Serum-therapy of plague in India - Number 20
Disease focus: Plague
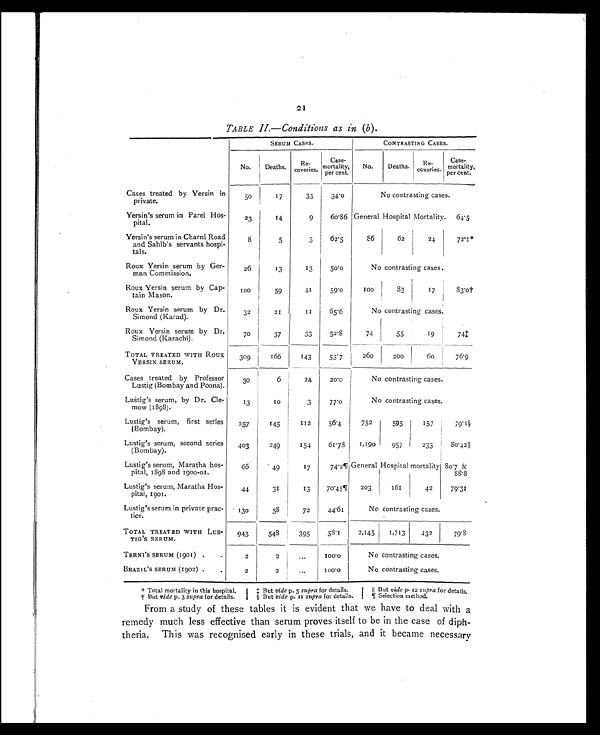
21
TABLE II.—Conditions as in (b).
SERUM CASES.
CONTRASTING CASES.
No.
D e a t h s .
Re-
cover i es.
Case-
mortality,
per cent.
No.
Deaths.
Re-
coveries.
Case-
mortality,
per cent.
Cases treated by Yersin in
private.
50
17
33
34.0
No contrasting cases.
Yersin's serum in Parel Hos-
pital.
23
14
9
60.86 General Hospital Mortality. 64.5
Yersin's serum in Charni Road
and Sahib's servants hosp
i-
tals.
8
5
3
62.5
86
62
24
72.1*
Roux Yersin serum by Ger-
man Commission.
26
13
13
50.0
No contrasting cases.
Roux Yersin serum by Cap-
tain Mason.
1 0 0
59
41
59.0
1 0 0 83
17
8 3 . 0 †
Roux Yersin serum by Dr.
Simond (Karad).
32
21
11
65.6
No contrasting cases.
Roux Yersin serum by Dr.
Simond (Karachi).
70
37
33
52.8
74
55
19
7 4 ‡
TOTAL TREATED WITH R
OUX YERSIN SERUM.
309
166
143
53.7
260
200
60
76.9
Cases treated by Professor
Lustig (Bombay and Poona).
30
6
24
20.0
No contrasting cases.
Lustig's serum, by Dr. Cle-
mow (1898).
13
10
3
77.0
No contrasting cases.
Lustig's serum, first series
(Bombay).
257
145
112
56.4
752
595
157
7 9 . 1 §
Lustig's serum, second series
(Bombay).
403
249
154
61.78
1,190
957
233
8 0 . 4 2 | |
Lustig's serum, Maratha hos-
pital, 1898 and 1900-01.
66
49
17
74.2¶General Hospital mortality 80.7 & 8 8 . 8
Lustig's serum, Maratha Hos-
pital, 1901.
44
31
13
70.45¶ 203
161
42
7 9 . 3 1
Lustig's serum in private prac-
tice.
130
58
72
44.61
No contrasting cases.
TOTAL TREATED WITH LUS-
TIG'S SERUM.
943
548
395
58.1
2,145
1,713
432
7 9 . 8
TERNI'S SERUM (1901)
2
2
. . .
1 0 0 . 0
No contrasting cases.
BRAZIL'S SERUM (1902)
2
2
...
1 0 0 . 0
No contrasting cases.
* Total mortality in this hospital.
† But vide p. 3 supra for details.
‡ But vide p. 5 supra for details.
§ But vide p. 11 supra for details.
|| But vide p. 12 supra for details.
¶ Selection method.
From a study of these tables it is evident that we have to deal with a
remedy much less effective than serum proves itself to be in the case of diph-
theria. This was recognised early in these trials, and it became necessary